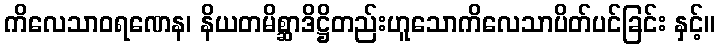
ကိလေသာဝရဏေန၊ နိယတမိစ္ဆာဒိဋ္ဌိတည်းဟူသောကိလေသာပိတ်ပင်ခြင်း နှင့်။